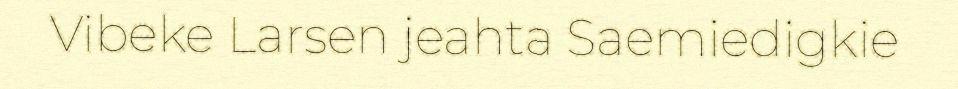
Vibeke Larsen jeahta Saemiedigkie